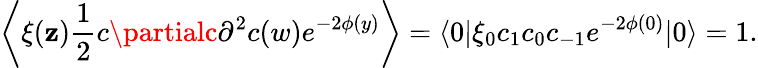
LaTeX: \left\langle\xi(\mathbf{z})\frac{{1}}{{2}}c\partialc\partial^{2}c(w)e^{-2\phi(y)}\right\rangle=\langle0|\xi_{0}c_{1}c_{0}c_{-1}e^{-2\phi(0)}|0\rangle=1.